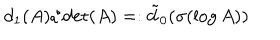
LaTeX: d _ { 1 } ( A ) / \det ( A ) = : \tilde { d } _ { 0 } ( \sigma ( \log A ) )